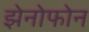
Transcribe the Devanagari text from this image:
झेनोफोन